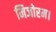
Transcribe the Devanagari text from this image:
मिजोरम।